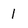
Character: 1